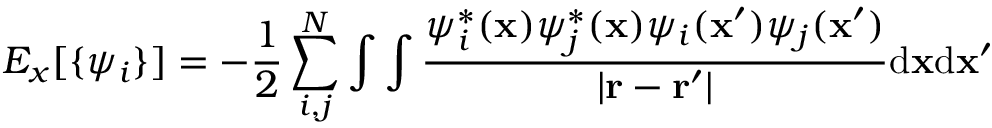
E _ { x } [ \{ \psi _ { i } \} ] = - \frac { 1 } { 2 } \sum _ { i , j } ^ { N } \int \int \frac { \psi _ { i } ^ { * } ( \mathbf { x } ) \psi _ { j } ^ { * } ( \mathbf { x } ) \psi _ { i } ( \mathbf { x } ^ { \prime } ) \psi _ { j } ( \mathbf { x } ^ { \prime } ) } { | \mathbf { r } - \mathbf { r } ^ { \prime } | } \mathrm { d } \mathbf { x } \mathrm { d } \mathbf { x } ^ { \prime }